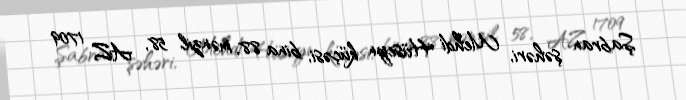
Şabran şəhəri, Mehdi Hüseyn küçəsi, bina 88, mənzil 58, AZ 1709